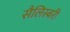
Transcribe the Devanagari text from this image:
सैलिस्बरी